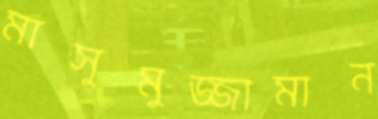
মাসুমুজ্জামান